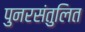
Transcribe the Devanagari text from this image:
पुनरसंतुलित